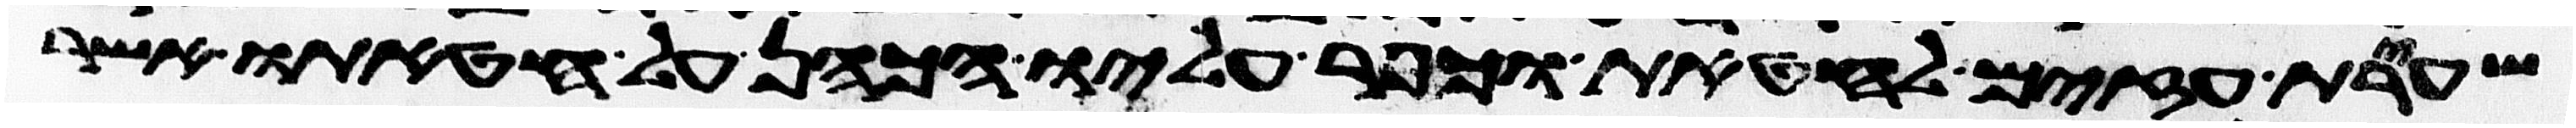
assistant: שעירת עזים לחטאת וכפר עליו הכהן על חטאתו אשר